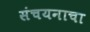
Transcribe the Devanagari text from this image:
संचयनाचा